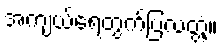
အကျယ်ရေတွက်ပြလတ္တံ့။